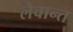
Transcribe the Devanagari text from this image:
लेवान्त